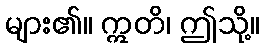
များ၏။ ဣတိ၊ ဤသို့။